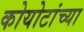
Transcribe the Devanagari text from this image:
कोयोटांच्या